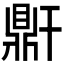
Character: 𪔆